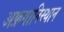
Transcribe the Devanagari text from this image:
अफ़गानिस्थान